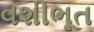
વશીભૂત